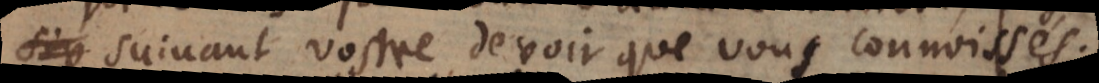
suivant vostre devoir que vous connoissés.